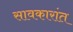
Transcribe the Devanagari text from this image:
सावकारांत